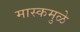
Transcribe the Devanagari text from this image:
मास्कमुळे